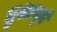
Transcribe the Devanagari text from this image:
द्युशान्बे